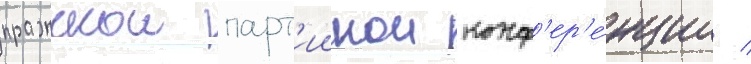
пражскои парт'иинои конф'ер'е́нции /